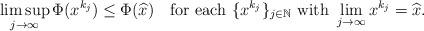
LaTeX: \begin{align*}\limsup_{j\to\infty}\Phi(x^{k_j})\le\Phi(\widehat{x})\quad{\rm for\ each}\ \{x^{k_j}\}_{j\in\mathbb{N}}\ {\rm with}\ \lim_{j\to\infty}x^{k_j}=\widehat{x}.\end{align*}